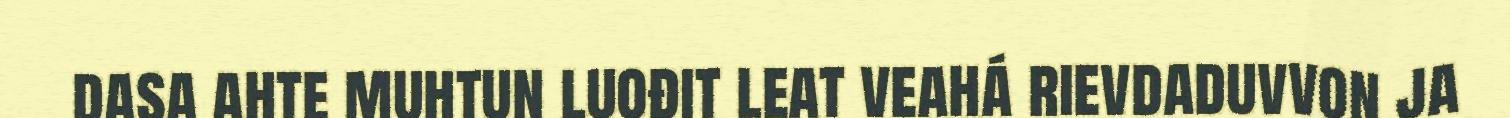
dasa ahte muhtun luođit leat veahá rievdaduvvon ja